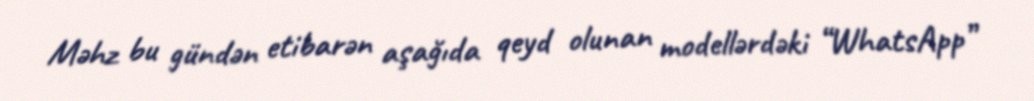
Məhz bu gündən etibarən aşağıda qeyd olunan modellərdəki “WhatsApp”